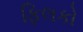
ફિલકો